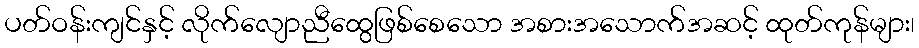
ပတ်ဝန်းကျင်နှင့် လိုက်လျောညီထွေဖြစ်စေသော အစားအသောက်အဆင့် ထုတ်ကုန်များ၊